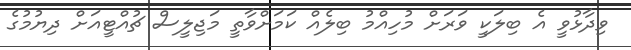
ވިދާޅުވީ އެ ބިލަކީ ވަރަށް މުހިއްމު ބިލެއް ކަމަށްވާތީ މަޖިލީސް ޗުއްޓީއަށް ދިޔުމުގެ